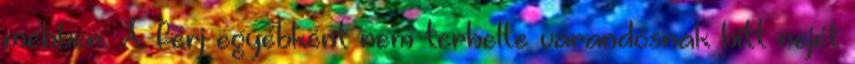
méhben. A férj egyébként nem terhelte várandósnak hitt nejét